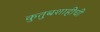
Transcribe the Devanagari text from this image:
कुतुबशाहीची